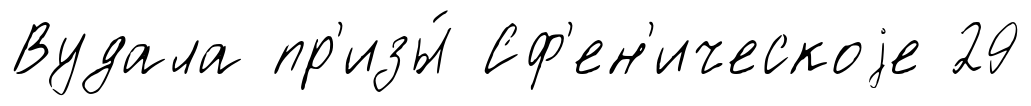
Вудала пр'изы́ Сф'ен'ическоjе 29